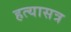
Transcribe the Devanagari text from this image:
हत्यासत्र